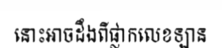
នោះអាចដឹងពីផ្លាកលេខឡាន